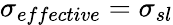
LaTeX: \sigma_{effective}=\sigma_{sl}